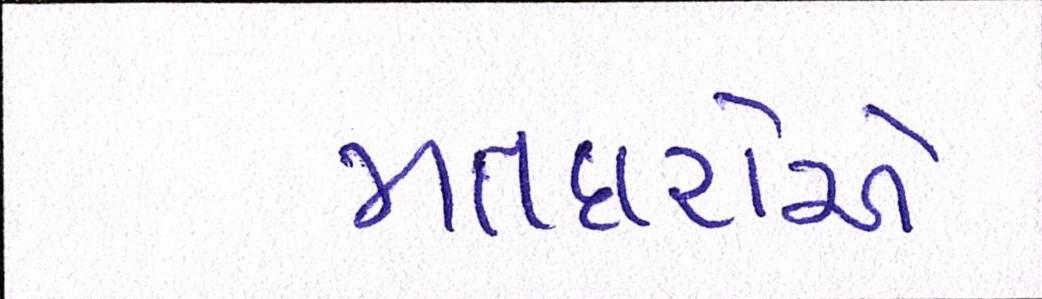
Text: મતદારોએ